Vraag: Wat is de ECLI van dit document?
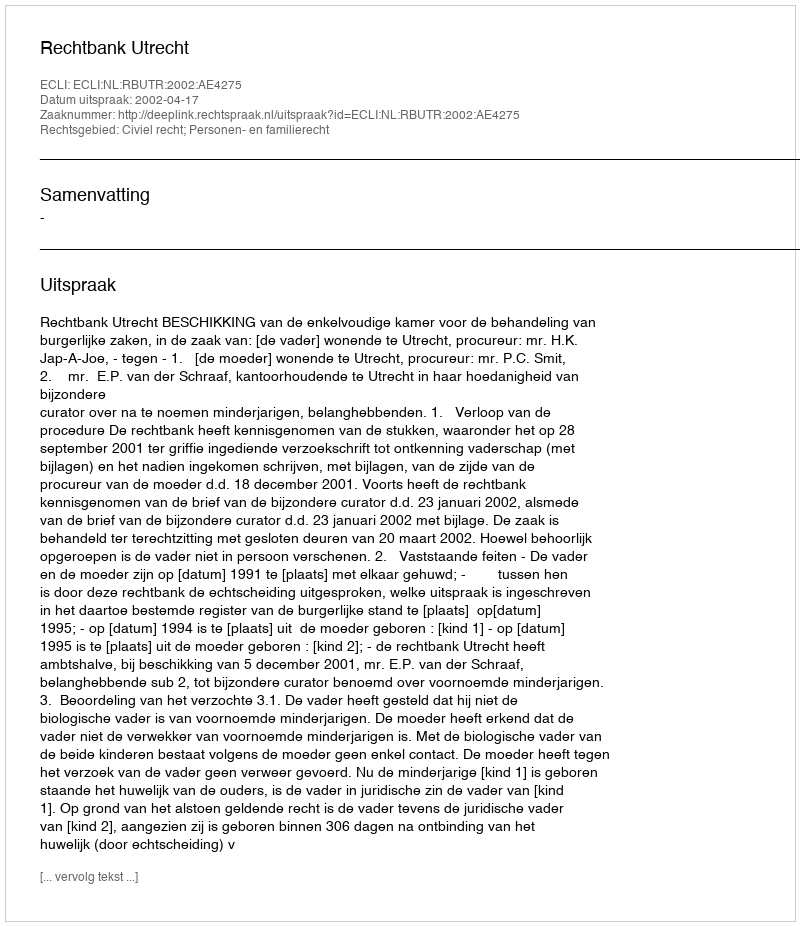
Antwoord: ECLI:NL:RBUTR:2002:AE4275